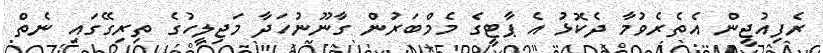
ރެފިއުޖީން އެތެރެވުމާ ދެކޮޅު އެ ޕާޓީގެ މެމްބަރުން ގާނޫނުހަދާ މަޖިލީހުގެ ތިރިގޭގައި ނެތް